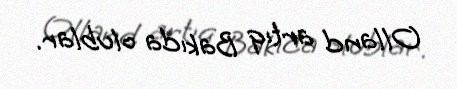
Olland artıq Bakıda olublar.